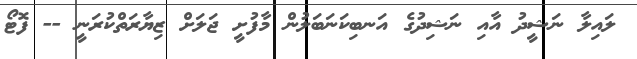
ލައިލާ ނަޝީދު އާއި ނަޝިދުގެ އަނބިކަނަބަލުން މާފުށީ ޖަލަށް ޒިޔާރަތްކުރަނީ -- ފޮޓޯ